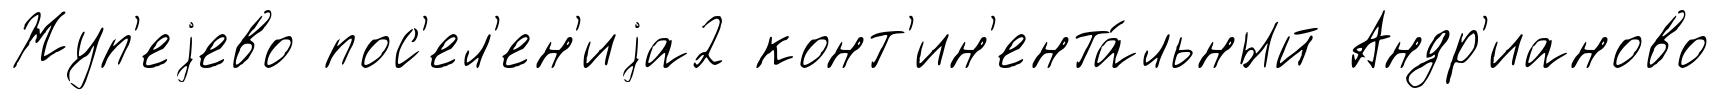
Жуп'еjево пос'ел'ен'иjа2 конт'ин'ента́льный Андр'ианово